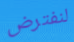
لنفترض